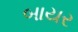
બાયર